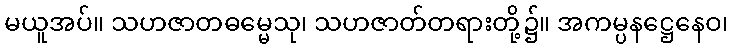
မယူအပ်။ သဟဇာတဓမ္မေသု၊ သဟဇာတ်တရားတို့၌။ အကမ္ပနဋ္ဌေနေဝ၊